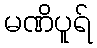
မဏိပူရ်